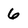
Character: 6